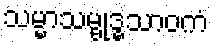
သမ္မာသမ္ဗုဒ္ဓသာဝကံ